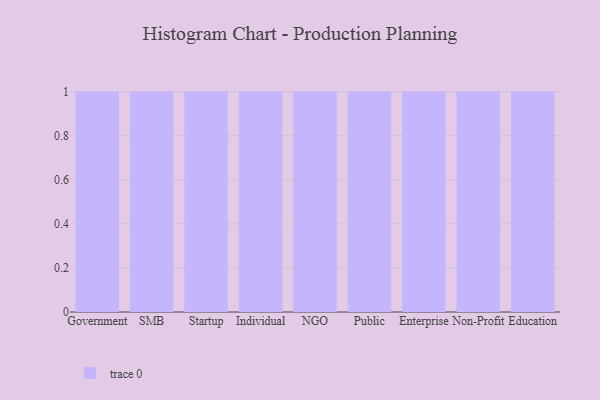
{"axis": {"x": "Segment", "y": "Conversion Rate (%)"}, "legend": [""], "data": [{"x": "Government", "y": 49, "type": ""}, {"x": "SMB", "y": 15, "type": ""}, {"x": "Startup", "y": 14, "type": ""}, {"x": "Individual", "y": 61, "type": ""}, {"x": "NGO", "y": 77, "type": ""}, {"x": "Public", "y": 39, "type": ""}, {"x": "Enterprise", "y": 6, "type": ""}, {"x": "Non-Profit", "y": 32, "type": ""}, {"x": "Education", "y": 21, "type": ""}]}